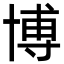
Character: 博